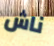
ناش